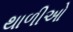
થાળીઓ